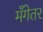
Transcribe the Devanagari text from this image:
मँगेतर